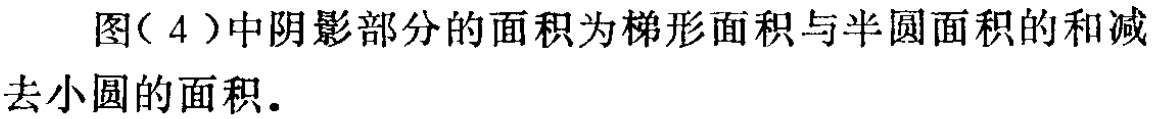
图（4）中阴影部分的面积为梯形面积与半圆面积的和减去小圆的面积.